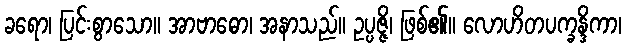
ခရော၊ ပြင်းစွာသော။ အာဗာဓော၊ အနာသည်။ ဥပ္ပဇ္ဇိ၊ ဖြစ်၏။ လောဟိတပက္ခန္ဒိကာ၊